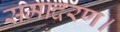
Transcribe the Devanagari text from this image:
समादरण।